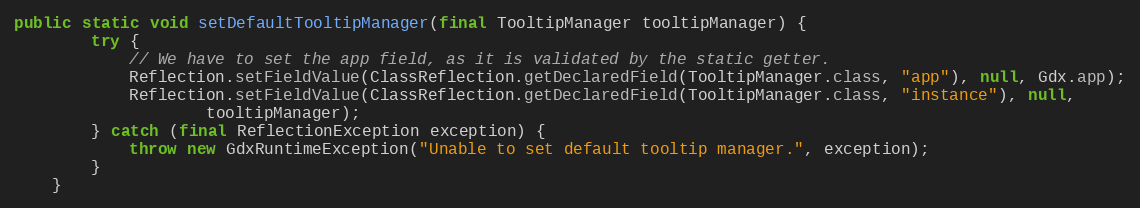
Language: Java
public static void setDefaultTooltipManager(final TooltipManager tooltipManager) {
        try {
            // We have to set the app field, as it is validated by the static getter.
            Reflection.setFieldValue(ClassReflection.getDeclaredField(TooltipManager.class, "app"), null, Gdx.app);
            Reflection.setFieldValue(ClassReflection.getDeclaredField(TooltipManager.class, "instance"), null,
                    tooltipManager);
        } catch (final ReflectionException exception) {
            throw new GdxRuntimeException("Unable to set default tooltip manager.", exception);
        }
    }